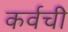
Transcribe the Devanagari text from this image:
कर्वची